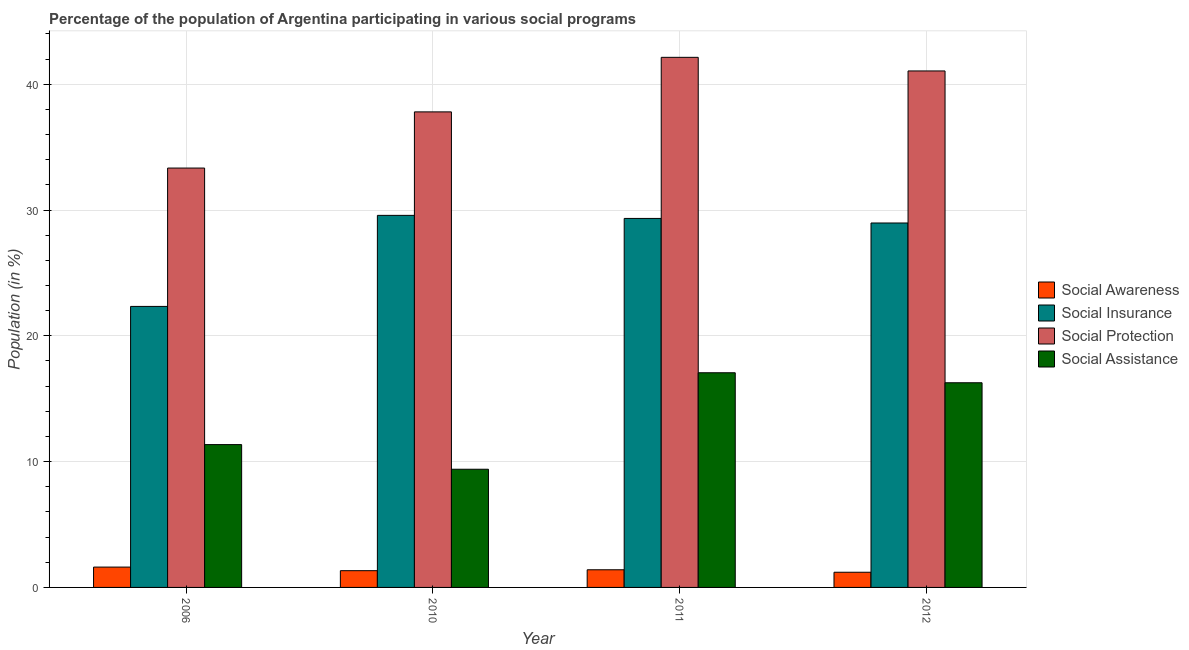
| Year | Social Awareness | Social Insurance | Social Protection | Social Assistance |
 | --- | --- | --- | --- | --- |
 | 2006 | 1.62 | 22.3 | 33.3 | 11.4 |
 | 2010 | 1.33 | 29.6 | 37.8 | 9.39 |
 | 2011 | 1.4 | 29.3 | 42.1 | 17.1 |
 | 2012 | 1.21 | 29 | 41.1 | 16.3 |